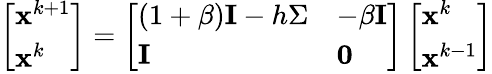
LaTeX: \begin{array}{r}{\left[\begin{array}{l}{\mathbf{x}^{k+1}}\\ {\mathbf{x}^{k}}\end{array}\right]=\left[\begin{array}{ll}{(1+\beta)\mathbf{I}-h\Sigma}&{-\beta\mathbf{I}}\\ {\mathbf{I}}&{\mathbf{0}}\end{array}\right]\left[\begin{array}{l}{\mathbf{x}^{k}}\\ {\mathbf{x}^{k-1}}\end{array}\right]}\end{array}